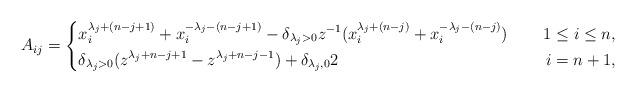
LaTeX: \begin{align*}A_{ij}=\left\{\begin{aligned}&x^{\lambda_j+(n-j+1)}_i+x^{-\lambda_j-(n-j+1)}_i-\delta_{\lambda_j>0}z^{-1}(x^{\lambda_j+(n-j)}_i+x^{-\lambda_j-(n-j)}_i)~~&~~1\leq i\leq n,\\&\delta_{\lambda_j>0}(z^{\lambda_j+n-j+1}-z^{\lambda_j+n-j-1})+\delta_{\lambda_j,0}2~&~~i=n+1,\end{aligned}\right.\end{align*}